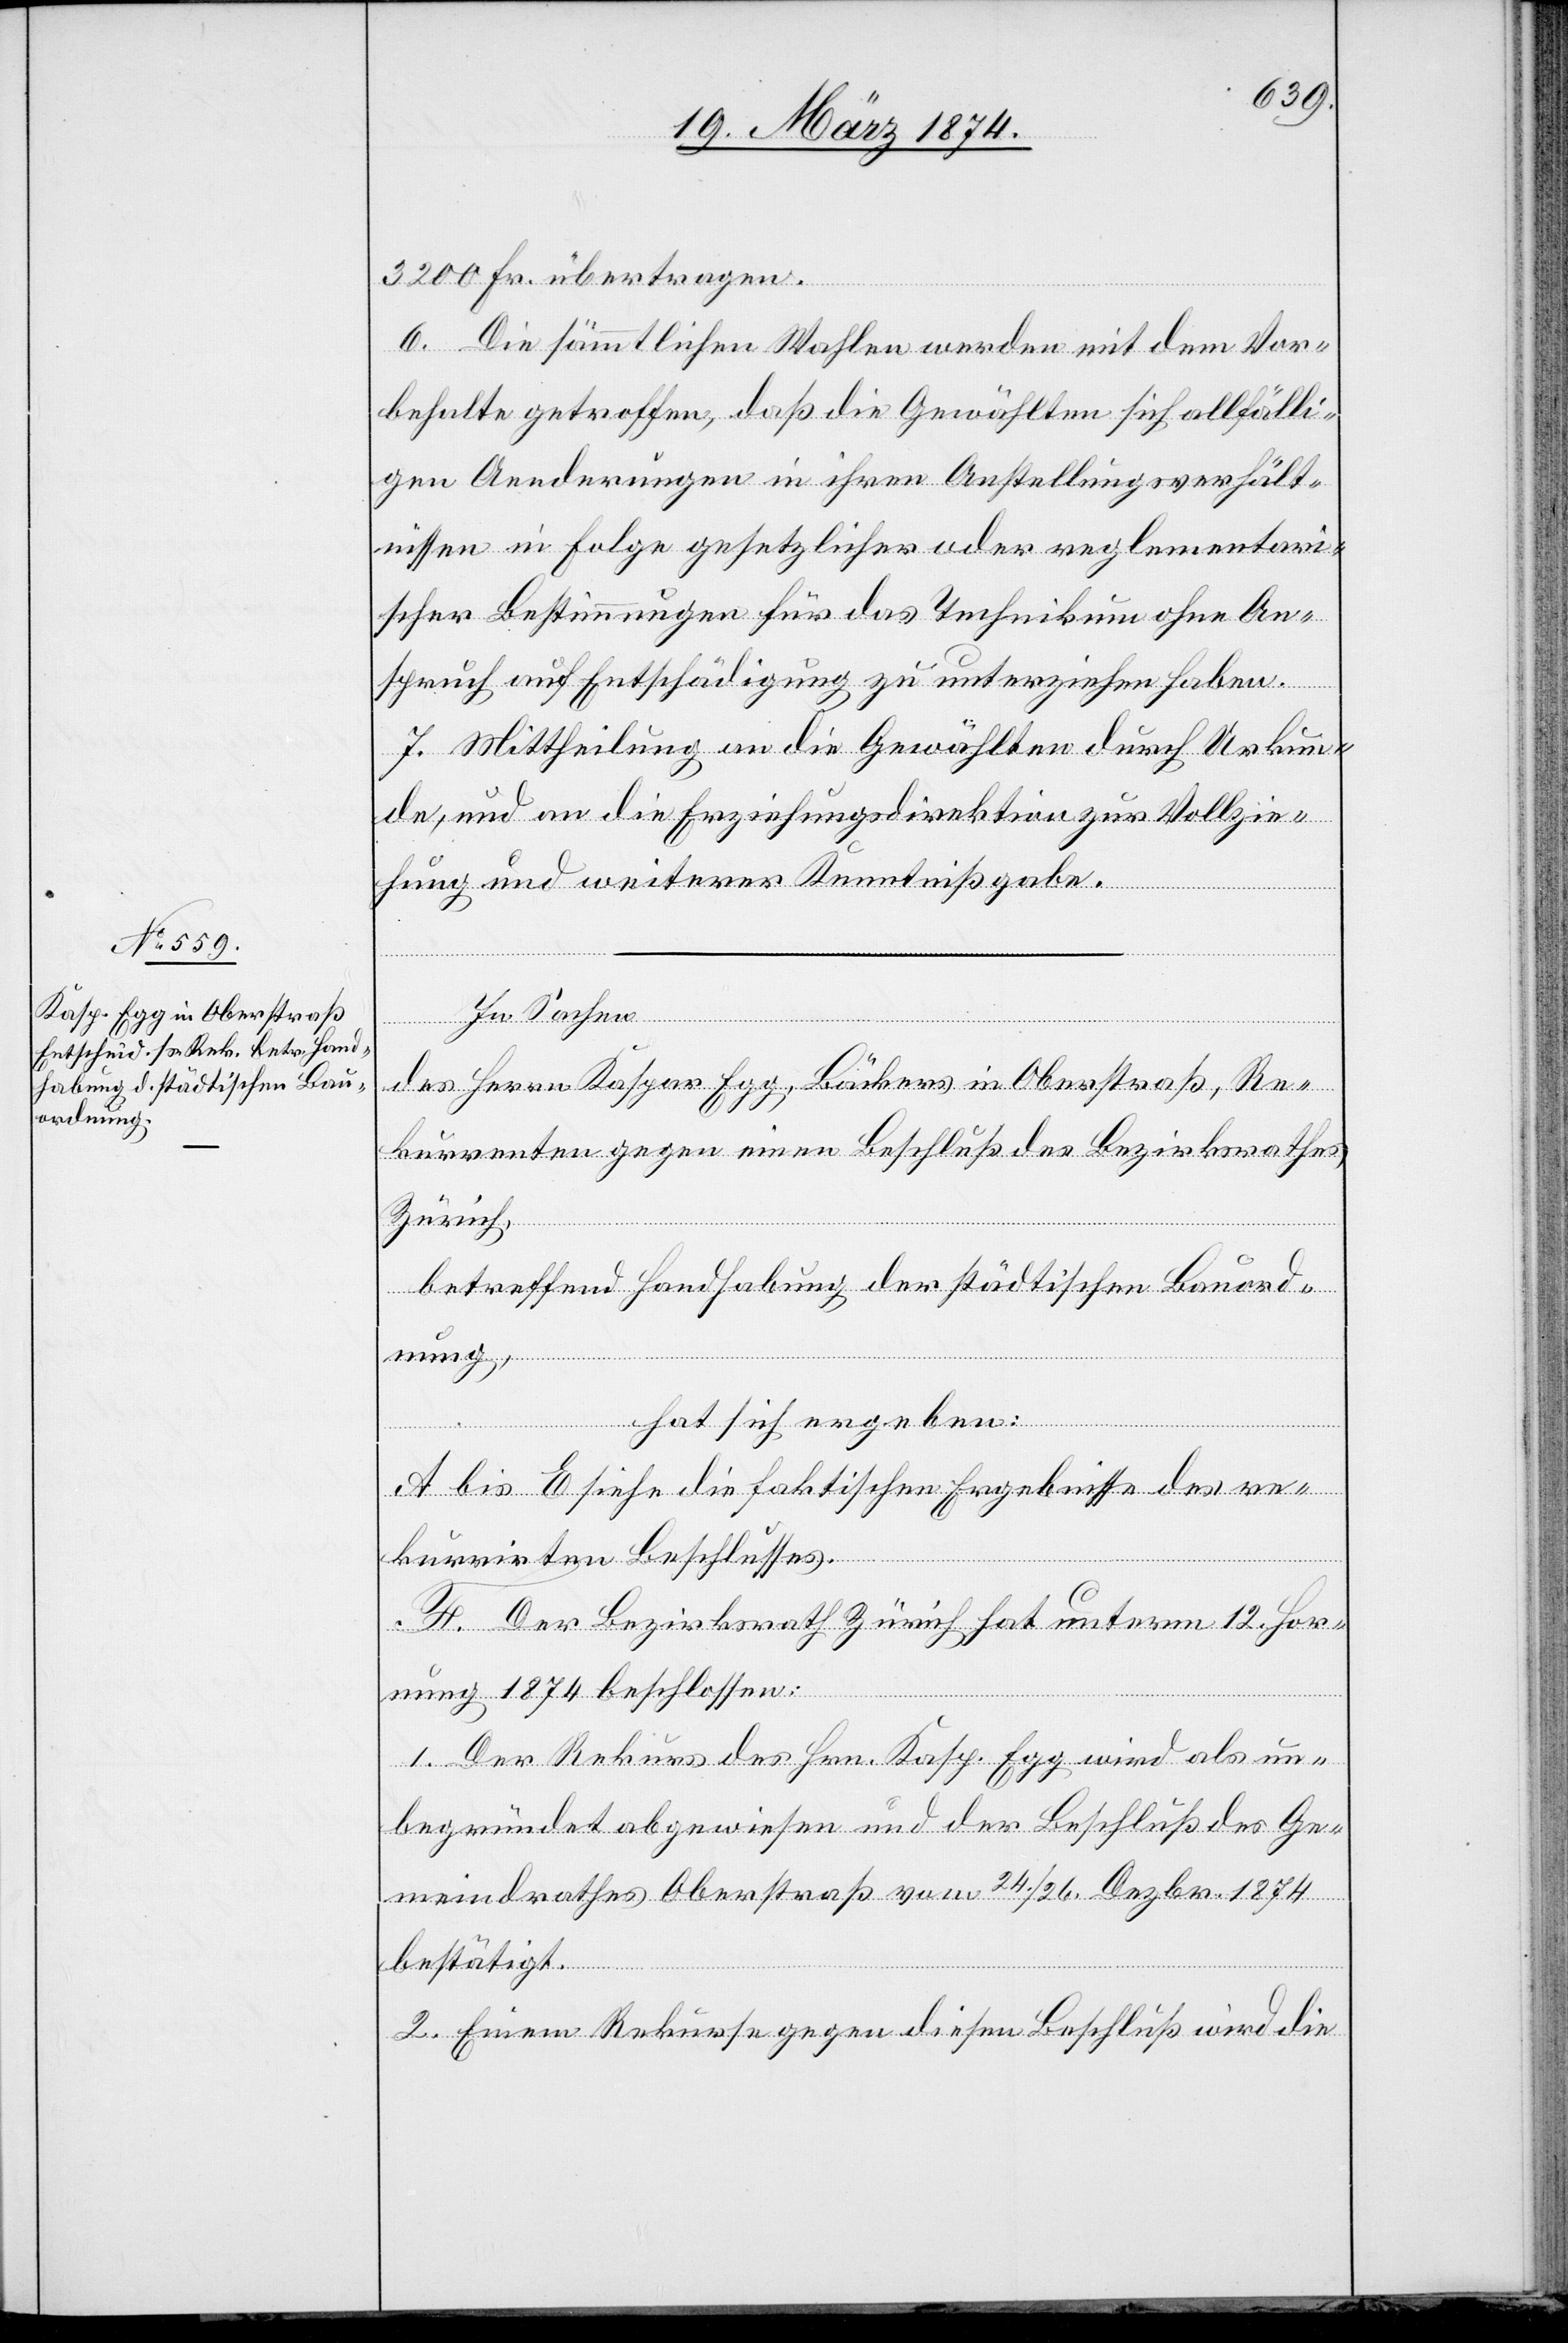
Vollz¬
3200 Fr. übertragen.
6. Die sämmtlichen Wahlen werden mit dem Vor¬
behalte getroffen, daß die Gewählten sich allfälli¬
gen Aenderungen in ihren Anstellungsverhält¬
nissen in Folge gesetzlicher oder reglementari¬
scher Bestimmungen für das Technikum ohne An¬
spruch auf Entschädigung zu unterziehen haben.
ie¬
hung und weiterer Kenntnißgabe.
an
In Sachen
des Herrn Kaspar Egg, Bäckers in Oberstraß, Re¬
kurrenten gegen einen Beschluß des Bezirksrathes
Zürich,
betreffend Handhabung der städtischen Bauord¬
nung,
zur
hat sich ergeben:
A bis E siehe die faktischen Ergebnisse des re¬
kurrirten Beschlusses.
F. Der Bezirksrath Zürich hat unterm 12. Hor¬
Mitthe¬
nung 1874 beschlossen:
1. Der Rekurs des Hrn. Kasp. Egg wird als un¬
begründet abgewiesen und der Beschluß des Ge¬
meindrathes Oberstraß vom 24./26. Dezbr. 1874
ilung
bestätigt.
2. Einem Rekurse gegen diesen Beschluß wird die